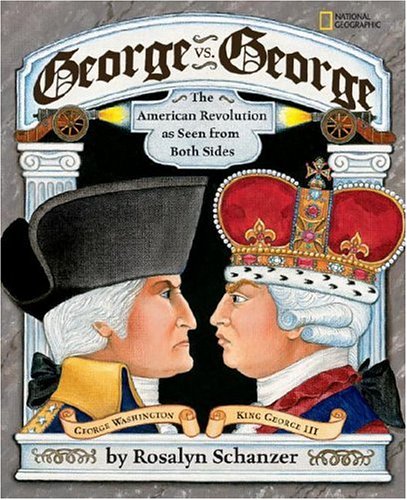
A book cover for George vs. George: The American Revolution As Seen from Both Sides; Rosalyn Schanzer; Children's Books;